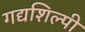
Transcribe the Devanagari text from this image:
गद्यशिल्पी